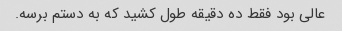
عالی بود فقط ده دقیقه طول کشید که به دستم برسه.